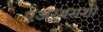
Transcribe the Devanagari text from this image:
एअरबसशी